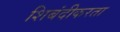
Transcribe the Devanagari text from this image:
शिबंदीकरता